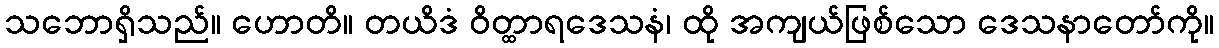
သဘောရှိသည်။ ဟောတိ။ တယိဒံ ဝိတ္ထာရဒေသနံ၊ ထို အကျယ်ဖြစ်သော ဒေသနာတော်ကို။